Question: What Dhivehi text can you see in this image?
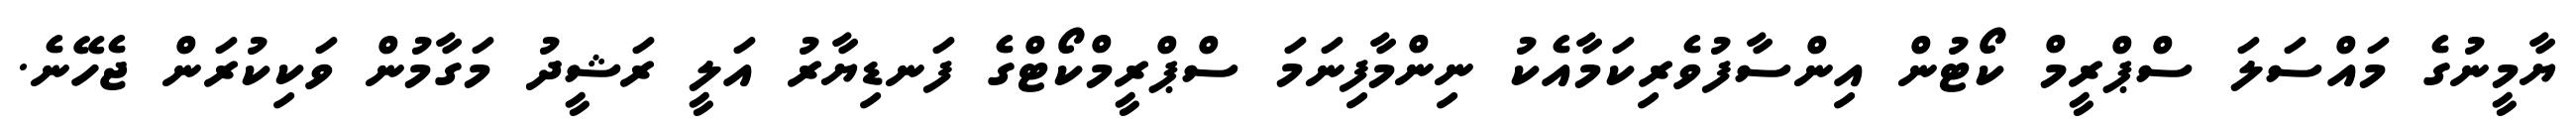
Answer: ޔާމީނުގެ މައްސަލަ ސްޕްރީމް ކޯޓުން އިންސާފުވެރިކަމާއެކު ނިންމާފިނަމަ ސްޕްރީމްކޯޓްގެ ފަނޑިޔާރު އަލީ ރަޝީދު މަގާމުން ވަކިކުރަން ޖެހޭނެ.